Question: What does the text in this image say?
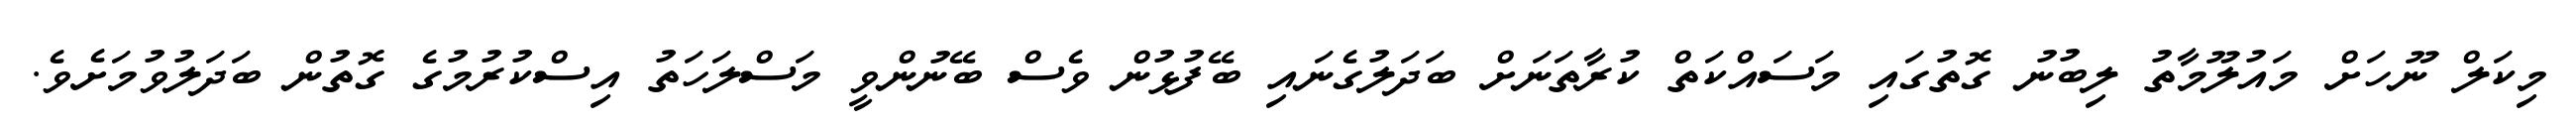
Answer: މިކަލް ނޫހަށް މައުލޫމާތު ލިބުނު ގޮތުގައި މަސައްކަތް ކުރާތަނަށް ބަދަލުގެނައި ބޭފުޅުން ވެސް ބޭނުންވީ މަސްލަހަތު އިސްކުރުމުގެ ގޮތުން ބަދަލުވުމަށެވެ.